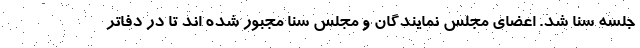
جلسه سنا شد. اعضای مجلس نمایندگان و مجلس سنا مجبور شده اند تا در دفاتر